Lunatic asylums in Bengal annual reports 1888-1898 - 1888-1898
Year: 1888
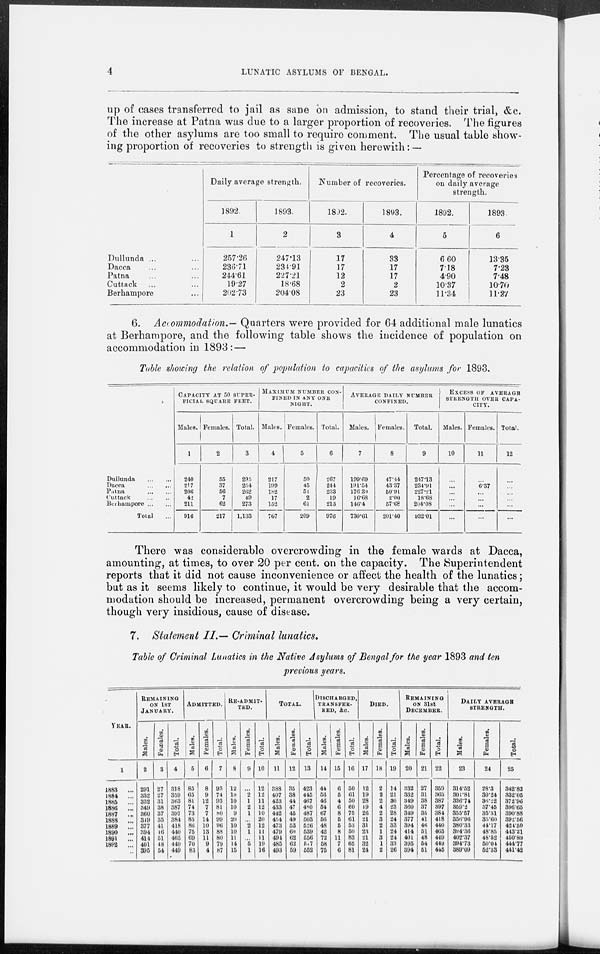
4
LUNATIC ASYLUMS OF BENGAL.
up of cases transferred to jail as sane on admission, to stand their trial, &c.
The increase at Patna was due to a larger proportion of recoveries. The figures
of the other asylums are too small to require comment. The usual table show-
ing proportion of recoveries to strength is given herewith: —
Dullunda ... ...
Dacca ... ...
Patna ... ...
Cuttack ... ...
Berhampore ...
Daily average strength.
1892.
1
257.26
236.71
244.61
19.27
202.73
1893.
2
247.13
234.91
227.21
18.68
204.08
Number of recoveries.
1892.
3
17
17
12
2
23
1893.
4
33
17
17
2
23
Percentage of recoveries
on daily average
strength.
1892.
5
6.60
7.18
4.90
10.37
11.34
1893
6
13.35
7.23
7.48
10.70
11.27
6. Accommodation.— Quarters were provided for 64 additional male lunatics
at Berhampore, and the following table shows the incidence of population on
accommodation in 1893: —
Table showing the relation of population to capacities of the asylums for 1893.
Dullunda
...
...
Dacca
...
...
Patna
...
...
Cuttack
...
...
Berhampore
...
Total ...
CAPACITY AT 50 SUPER-
FICIAL, SQUARE FEET.
Males.
1
240
217
206
42
211
916
Females.
2
55
37
56
7
62
217
Total.
3
295
254
262
40
273
1,133
MAXIMUM NUMBER CON-
----- IN ANY ONE
NIGHT.
Males.
4
217
199
182
17
152
767
Females.
5
50
45
51
2
61
209
Total.
6
267
244
233
19
213
976
AVERAGE DAILY NUMBER
CONFINED.
Males.
7
199.69
191.54
176.30
16.68
146.4
730.61
Females.
8
47.44
43.37
50.91
2.00
57.68
201.40
Total.
9
247.13
234.91
227.21
18.68
204.08
932.01
EXCESS OF AVERAGE
STRENGTH OVER CAPA-
CITY.
Males.
10
...
...
...
...
...
...
Females.
11
...
6.37
...
...
...
...
Total.
12
...
...
...
...
...
...
There was considerable overcrowding in the female wards at Dacca,
amounting, at times, to over 20 per cent. on the capacity. The Superintendent
reports that it did not cause inconvenience or affect the health of the lunatics;
but as it seems likely to continue, it would be very desirable that the accom-
modation should be increased, permanent overcrowding being a very certain,
though very insidious, cause of disease.
7. Statement II.— Criminal lunatics.
Table of Criminal Lunatics in the Native Asylums of Bengal for the year 1893 and ten
previous years.
YEAR.
1
1883
...
1884
...
1885
...
1886
...
1887
...
1888
...
1889
...
1890
...
1891
...
1892 ...
...
REMAINING
ON 1ST
JANUARY.
Males.
2
291
332
332
349
360
319
377
394
414
401
395
Females.
3
27
27
31
38
37
35
41
46
61
48
54
Total.
4
318
359
363
387
397
384
418
440
465
449
449
ADMITTED.
Males.
5
85
65
81
74
73
85
86
75
69
70
83
Females.
6
8
9
12
7
7
14
10
13
11
9
4
Total.
7
93
74
93
81
80
99
96
88
80
79
87
RE-ADMIT-
TED.
Males.
8
12
10
10
10
9
20
10
10
11
14
15
Females.
9
...
2
1
2
1
...
2
1
...
5
1
Total.
10
12
12
11
12
10
20
12
11
11
19
16
TOTAL
Males.
11
388
407
423
433
442
454
473
479
494
485
493
Females.
12
35
38
44
47
45
49
53
60
62
62
59
DISCHARGED,
TRANSFER-
RED, &c.
Total.
13
423
445
467
480
487
503
526
539
556
547
552
Males.
14
44
56
46
54
67
56
48
42
72
58
75
Females.
15
6
5
4
6
8
5
5
8
11
7
6
Total.
16
50
61
50
60
75
61
53
50
83
65
81
DIED
Males.
17
12
19
28
19
26
21
31
23
21
32
24
Females.
18
2
2
2
4
2
3
2
1
3
1
2
Total.
19
14
21
30
23
28
24
33
24
24
33
26
REMAINING
ON 31st
DECEMBER.
Males.
20
332
332
349
360
349
377
394
414
401
395
394
Females.
21
27
31
38
37
35
41
40
51
48
54
51
Total.
22
359
363
387
397
384
418
440
465
449
449
445
DAILY AVERAGE
STRENGTH.
Males.
23
314.52
301.81
336.74
359.2
355.57
356.96
380.33
394.36
402.37
394.73
389.09
Females.
24
28.3
30.24
36.22
37.45
35.31
35.60
44.17
48.85
48.52
50.04
52.33
Total.
25
342.82
332.05
372.96
396.65
390.88
392.56
424.50
443.21
450.89
444.77
441.42